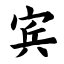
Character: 宾